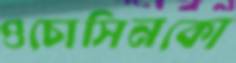
ওচোসিনকো